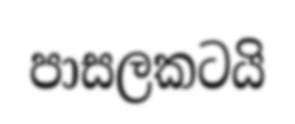
පාසලකටයි